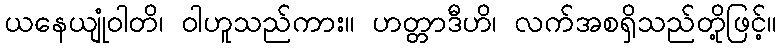
ယနေယျုံဝါတိ၊ ဝါဟူသည်ကား။ ဟတ္တာဒီဟိ၊ လက်အစရှိသည်တို့ဖြင့်။